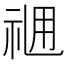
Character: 𥙓